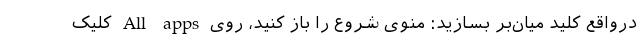
درواقع کلید میان‌بر بسازید: منوی شروع را باز کنید، روی All apps کلیک